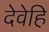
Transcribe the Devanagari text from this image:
देवेहि